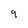
Character: q